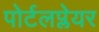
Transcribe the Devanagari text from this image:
पोर्टलप्लेयर